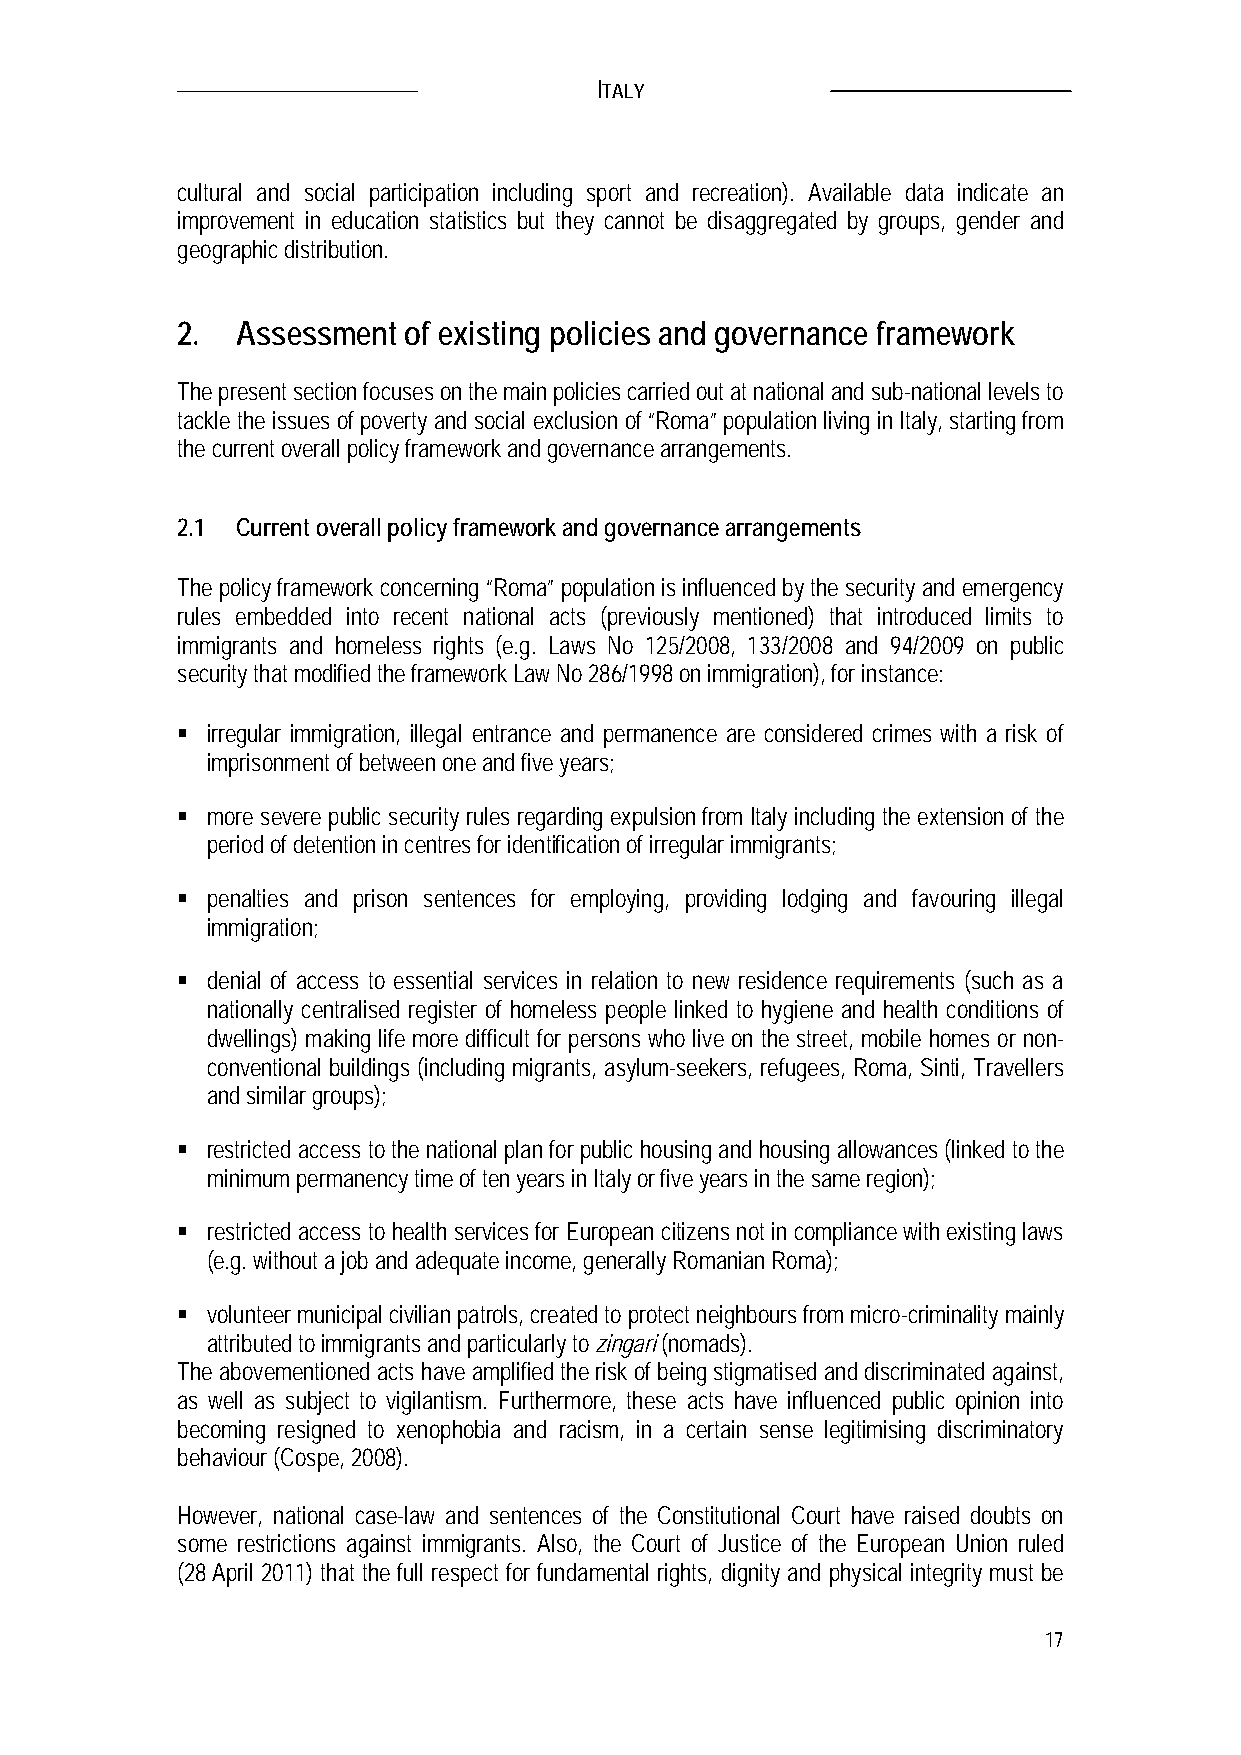
ITALY
 cultural and social participation including sport and recreation). Available data indicate an
 improvement in education statistics but they cannot be disaggregated by groups, gender and
 geographic distribution.
 2.  Assessment of existing policies and governance framework
 The present section focuses on the main policies carried out at national and sub-national levels to
 tackle the issues of poverty and social exclusion of “Roma” population living in Italy, starting from
 the current overall policy framework and governance arrangements.
 2.1 Current overall policy framework and governance arrangements
 The policy framework concerning “Roma” population is influenced by the security and emergency
 rules embedded into recent national acts (previously mentioned) that introduced limits to
 immigrants and homeless rights (e.g. Laws No 125/2008, 133/2008 and 94/2009 on public
 security that modified the framework Law No 286/1998 on immigration), for instance:
  irregular immigration, illegal entrance and permanence are considered crimes with a risk of
 imprisonment of between one and five years;
  more severe public security rules regarding expulsion from Italy including the extension of the
 period of detention in centres for identification of irregular immigrants;
  penalties and prison sentences for employing, providing lodging and favouring illegal
 immigration;
  denial of access to essential services in relation to new residence requirements (such as a
 nationally centralised register of homeless people linked to hygiene and health conditions of
 dwellings) making life more difficult for persons who live on the street, mobile homes or non-
 conventional buildings (including migrants, asylum-seekers, refugees, Roma, Sinti, Travellers
 and similar groups);
  restricted access to the national plan for public housing and housing allowances (linked to the
 minimum permanency time of ten years in Italy or five years in the same region);
  restricted access to health services for European citizens not in compliance with existing laws
 (e.g. without a job and adequate income, generally Romanian Roma);
  volunteer municipal civilian patrols, created to protect neighbours from micro-criminality mainly
 attributed to immigrants and particularly to zingari (nomads).
 The abovementioned acts have amplified the risk of being stigmatised and discriminated against,
 as well as subject to vigilantism. Furthermore, these acts have influenced public opinion into
 becoming resigned to xenophobia and racism, in a certain sense legitimising discriminatory
 behaviour (Cospe, 2008).
 However, national case-law and sentences of the Constitutional Court have raised doubts on
 some restrictions against immigrants. Also, the Court of Justice of the European Union ruled
 (28 April 2011) that the full respect for fundamental rights, dignity and physical integrity must be
 17